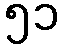
၅၁